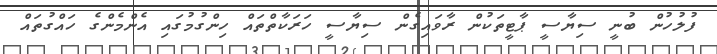
ފުލުހުން ބުނީ ސިޔާސީ ޕާޓީތަކުން ރާވައިގެން ސިޔާސީ ހަރަކާތްތައް ހިންގުމުގައި އެންމެންގެ ހައްގުތައް